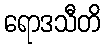
ရောဒသီတိ